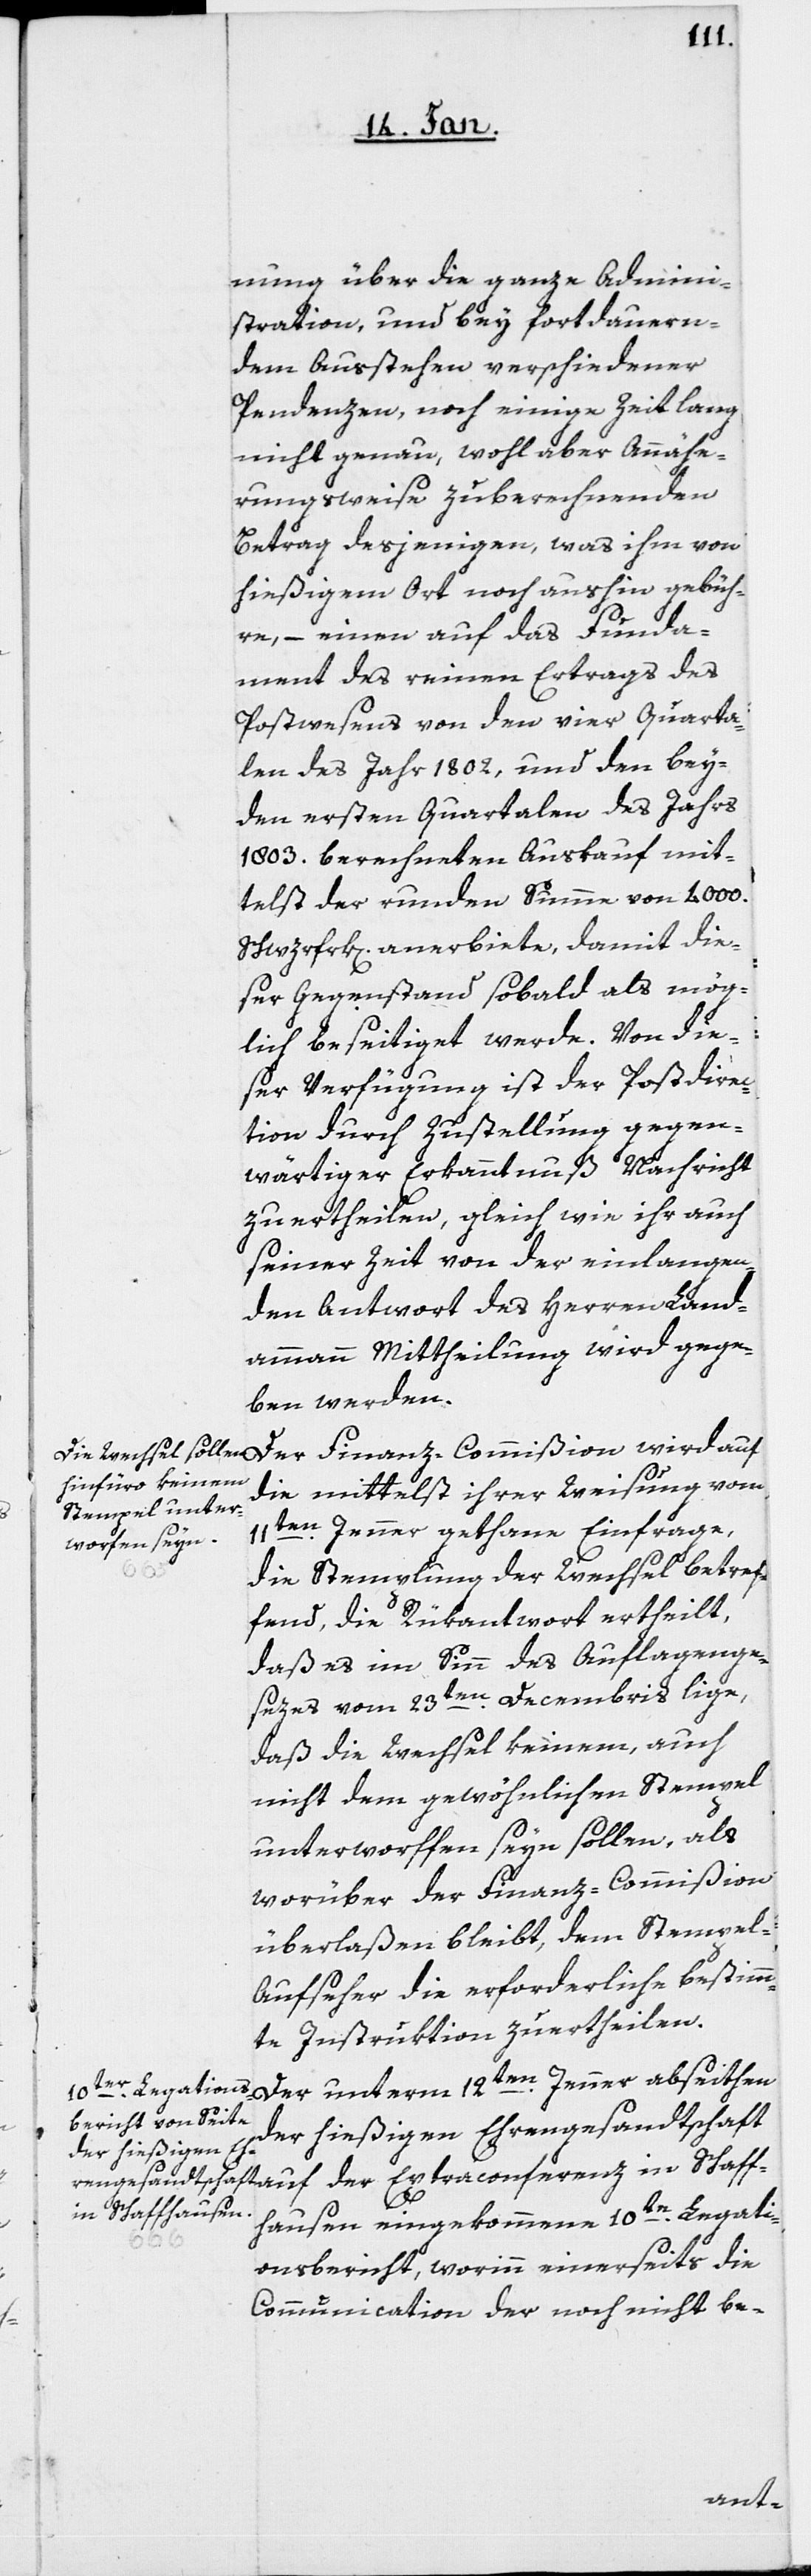
nung über die ganze Admini¬
stration, und bey fortdauern¬
dem Ausstehen verschiedener
Pendenzen, noch einige Zeit lang
nicht genau, wohl aber Annähe¬
rungsweise zuberechnenden
Betrag desjenigen, was ihm von
hießigem Ort noch aushin gebüh¬
re, – einen auf das Funda¬
ment des reinen Ertrags des
Postwesens von den vier Quarta¬
len des Jahr 1802, und den bey¬
den ersten Quartalen des Jahrs
1803. berechneten Auskauf mit¬
telst der runden Summe von 4000.
Schwrfrk[en]. anerbiete, damit die¬
ser Gegenstand sobald als mög¬
lich beseitiget werde. Von die¬
ser Verfügung ist der Postdirec¬
tion durch Zustellung gegen¬
wärtiger Erkanntnuß Nachricht
zu ertheilen, gleich wie ihr auch
seiner Zeit von der einlangen¬
den Antwort des Herren Land¬
ammann Mittheilung wird gege¬
ben werden.
Der Finanz-Commißion wird auf
die mittelst ihrer Weisung vom
11ten. Jenner gethane Einfrage,
die Stemplung der Wechsel betref¬
fend, die Rückantwort ertheilt,
daß es im Sinn des Auflagenge¬
sezes vom 23ten. Decembris lige,
daß die Wechsel keinem, auch
nicht dem gewöhnlichen Stempel
unterworffen seyn sollen, als
worüber der Finanz-Commißion
überlaßen bleibt, dem Stempel-A¬
ufseher die erforderliche bestimm¬
te Instruktion zu ertheilen.
Der unterm 12ten. Jenner abseithen
der hießigen Eh¬
rengesandtschaft auf der Extraconferenz in Schaff¬
hausen eingekommene 10te. Legati¬
onsbericht, worinn einerseits die
Communication der noch nicht be-